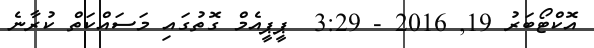
އޮކްޓޯބަރު 19